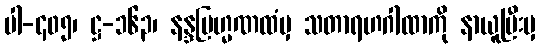
ပါ-၄၀၅၊ ဋ္ဌ-၁၆၃၊ နန္ဒဗြဟ္မဏထံမှ သတာရဟဂါထာကို နာယူပြီးမှ